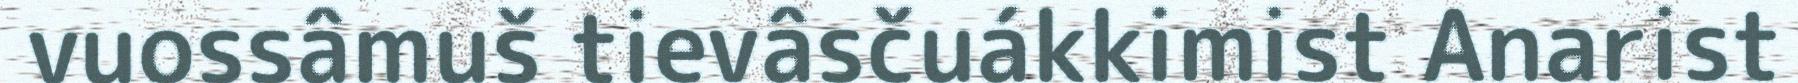
vuossâmuš tievâsčuákkimist Anarist